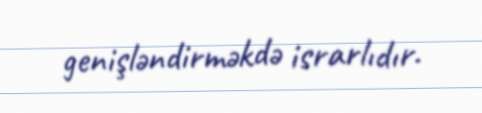
genişləndirməkdə israrlıdır.